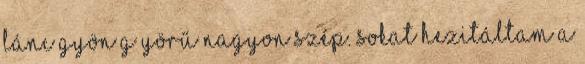
lánc gyön g yörű Nagyon szép. Sokat hezitáltam a